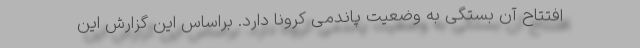
افتتاح آن بستگی به وضعیت پاندمی کرونا دارد. براساس این گزارش این